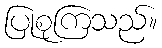
ပြုစုကြသည်။